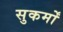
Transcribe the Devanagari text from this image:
सुकर्मों